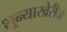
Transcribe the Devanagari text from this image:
शून्याखेरीज